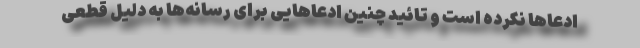
ادعاها نکرده است و تائید چنین ادعاهایی برای رسانه‌ها به دلیل قطعی